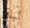
لباقي